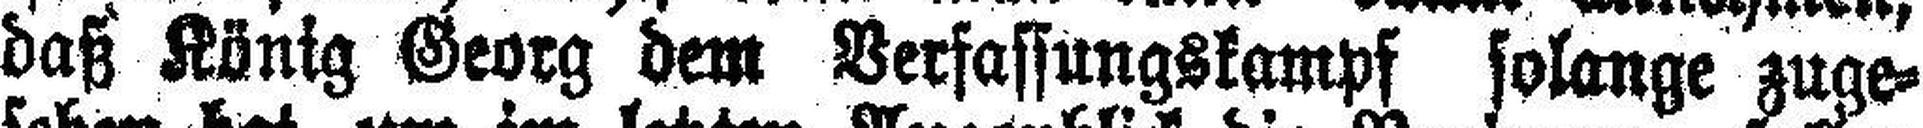
daß König Georg dem Verfassungskampf solange zuge¬